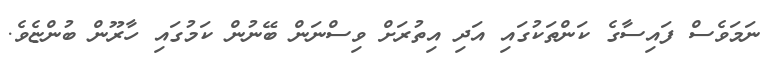
ނަމަވެސް ފައިސާގެ ކަންތަކުގައި އަދި އިތުރަށް ވިސްނަން ބޭނުން ކަމުގައި ހާރޫން ބުންޏެވެ.